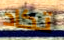
تكاد